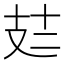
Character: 𪯆